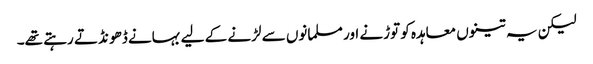
لیکن یہ تینوں معاہدہ کو توڑنے اور مسلمانوں سے لڑنے کے لیے بہانے ڈھو نڈتے رہتے تھے۔